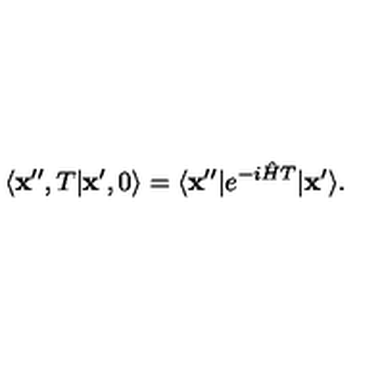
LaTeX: \langle { \bf x } ^ { \prime \prime } , T \vert { \bf x } ^ { \prime } , 0 \rangle = \langle { \bf x } ^ { \prime \prime } \vert e ^ { - i { \hat { H } } T } \vert { \bf x } ^ { \prime } \rangle .